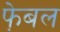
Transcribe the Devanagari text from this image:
फे़बल